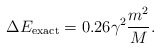
\begin{align*}\Delta E_{\rm exact} = 0.26 \gamma^2 \frac{m^2}{M}. \end{align*}